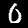
Label: 0